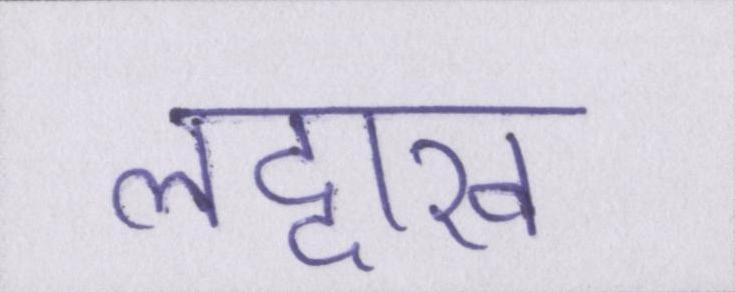
लद्दाख